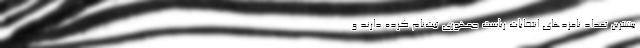
بیشترین تعداد نامزدهای انتخابات ریاست جمهوری ثبت‌نام کرده دارند و